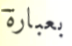
بعبارة